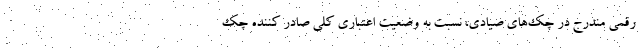
رقمی مندرج در چک‌های صیادی، نسبت به وضعیت اعتباری کلی صادر کننده چک